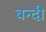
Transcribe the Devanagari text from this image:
बन्‍दी